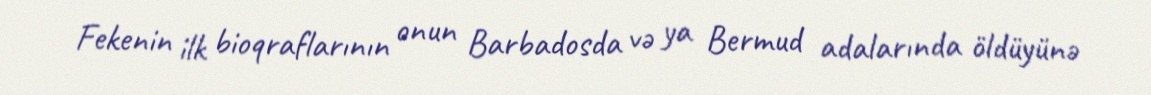
Fekenin ilk bioqraflarının onun Barbadosda və ya Bermud adalarında öldüyünə